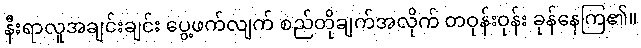
နီးရာလူအချင်းချင်း ပွေ့ဖက်လျက် စည်တိုချက်အလိုက် တဝုန်းဝုန်း ခုန်နေကြ၏။